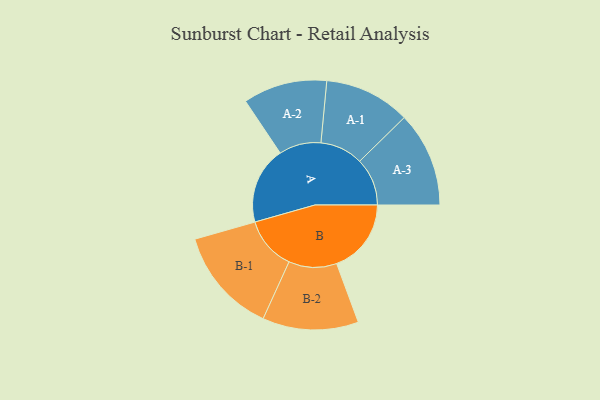
{"axis": {"x": "Segment", "y": "Value"}, "legend": ["", "A", "B"], "data": [{"x": "A", "y": 402, "type": ""}, {"x": "B", "y": 389, "type": ""}, {"x": "A-1", "y": 224, "type": "A"}, {"x": "A-2", "y": 219, "type": "A"}, {"x": "A-3", "y": 248, "type": "A"}, {"x": "B-1", "y": 277, "type": "B"}, {"x": "B-2", "y": 250, "type": "B"}]}